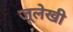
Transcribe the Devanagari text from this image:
जूलेखी